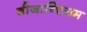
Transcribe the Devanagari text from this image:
बीजान्टियम